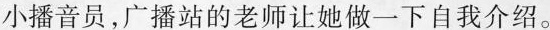
小播音员，广播站的老师让她做一下自我介绍。